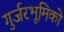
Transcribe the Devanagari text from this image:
गुर्जरभूमिको